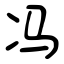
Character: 冯